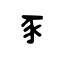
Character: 豕